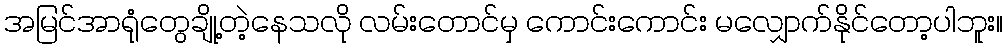
အမြင်အာရုံတွေချို့တဲ့နေသလို လမ်းတောင်မှ ကောင်းကောင်း မလျှောက်နိုင်တော့ပါဘူး။